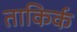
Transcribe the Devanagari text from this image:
ताकिर्क